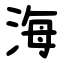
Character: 海